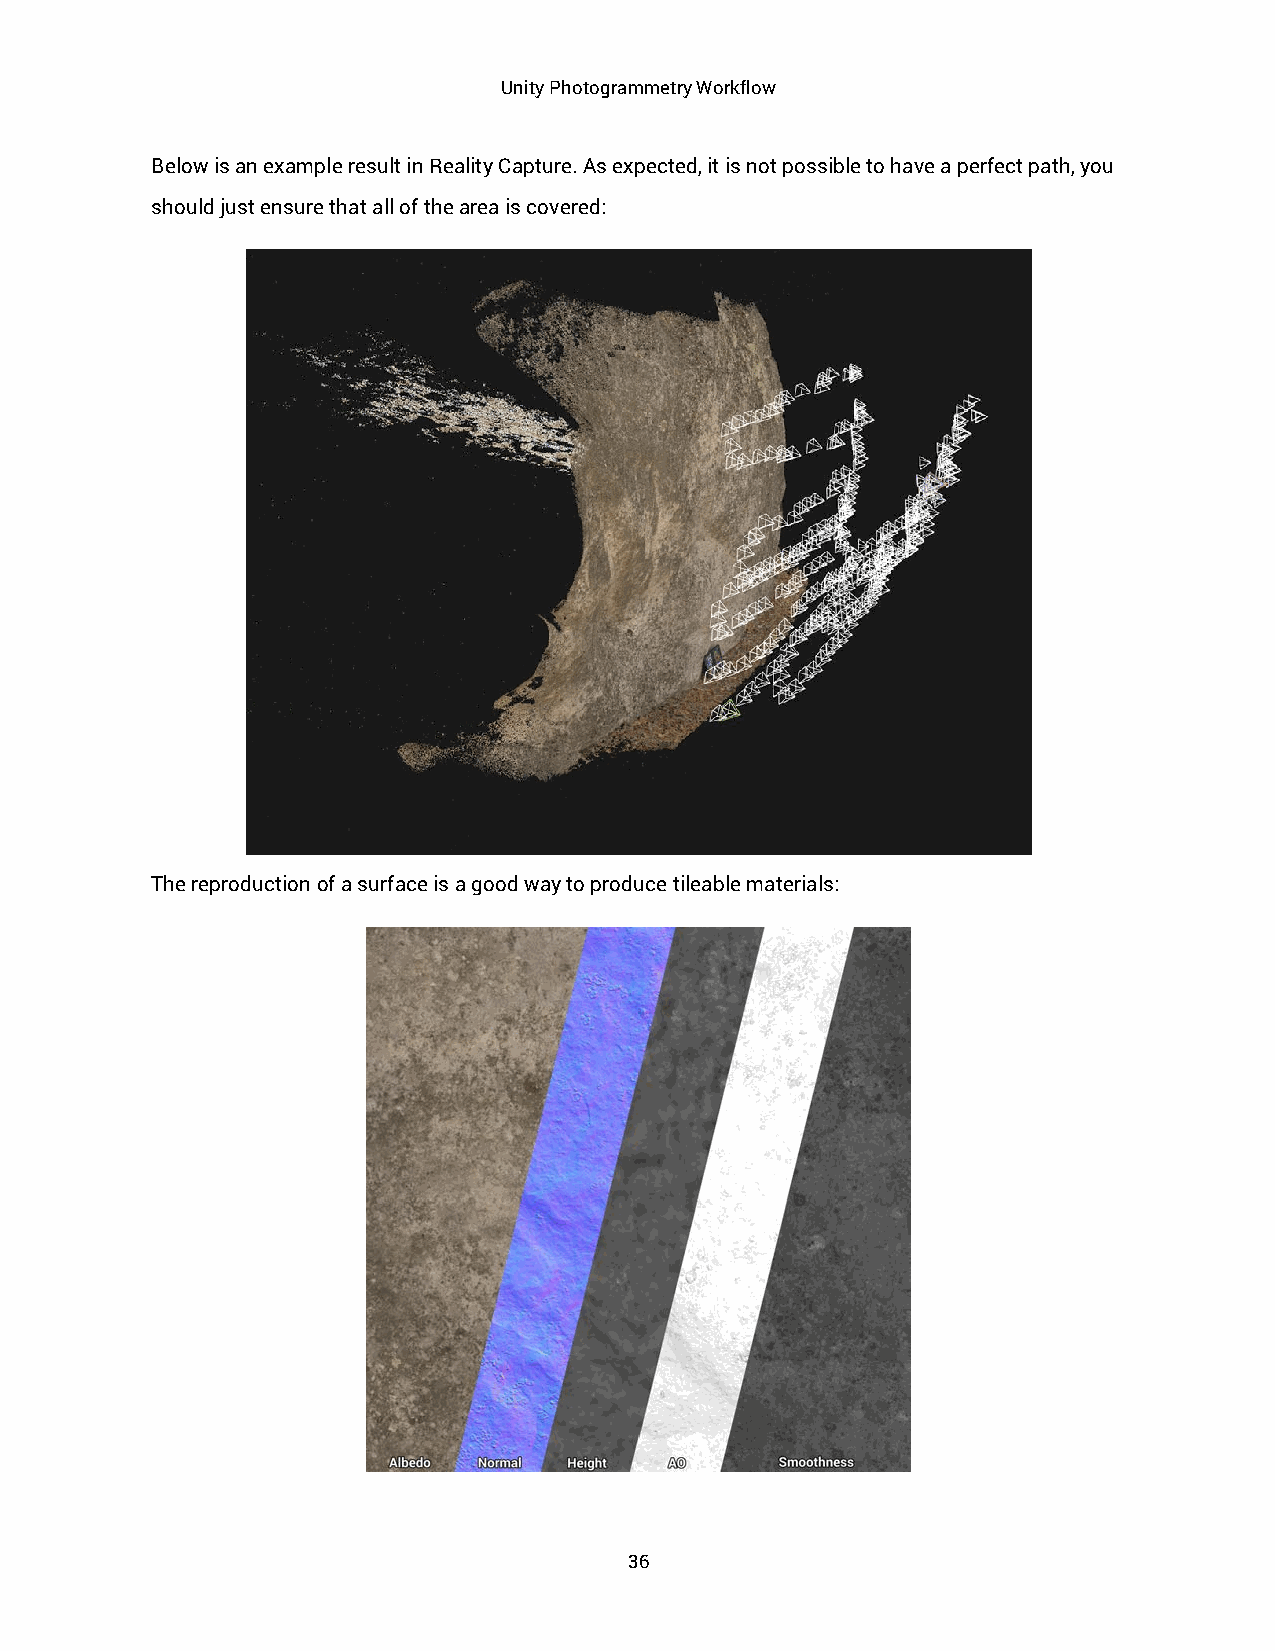
Unity Photogrammetry Workflow
 Below is an example result in Reality Capture. As expected, it is not possible to have a perfect path, you
 should just ensure that all of the area is covered:
 The reproduction of a surface is a good way to produce tileable materials:
 36